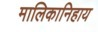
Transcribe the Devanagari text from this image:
मालिकानिहाय